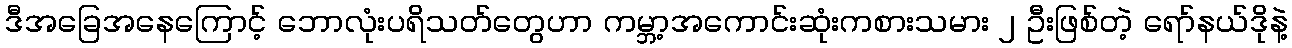
ဒီအခြေအနေကြောင့် ဘောလုံးပရိသတ်တွေဟာ ကမ္ဘာ့အကောင်းဆုံးကစားသမား ၂ ဦးဖြစ်တဲ့ ရော်နယ်ဒိုနဲ့